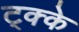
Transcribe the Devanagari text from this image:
ट्क्के